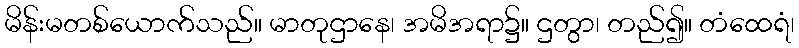
မိန်းမတစ်ယောက်သည်။ မာတုဌာနေ၊ အမိအရာ၌။ ဌတွာ၊ တည်၍။ တံထေရံ၊